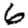
Digit: 6